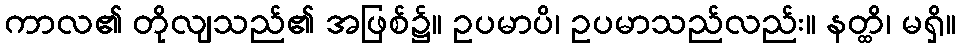
ကာလ၏ တိုလျသည်၏ အဖြစ်၌။ ဥပမာပိ၊ ဥပမာသည်လည်း။ နတ္ထိ၊ မရှိ။